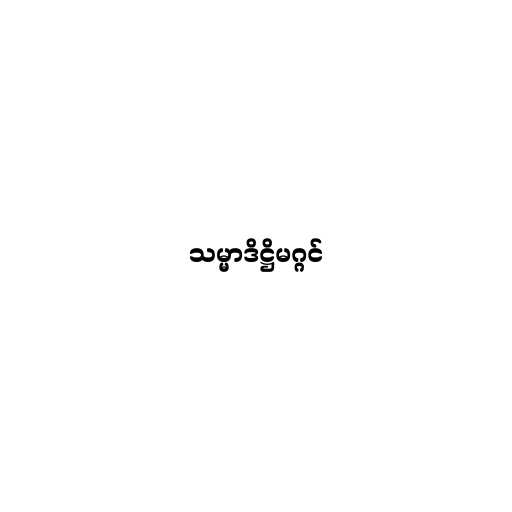
သမ္မာဒိဋ္ဌိမဂ္ဂင်